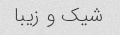
شیک و زیبا